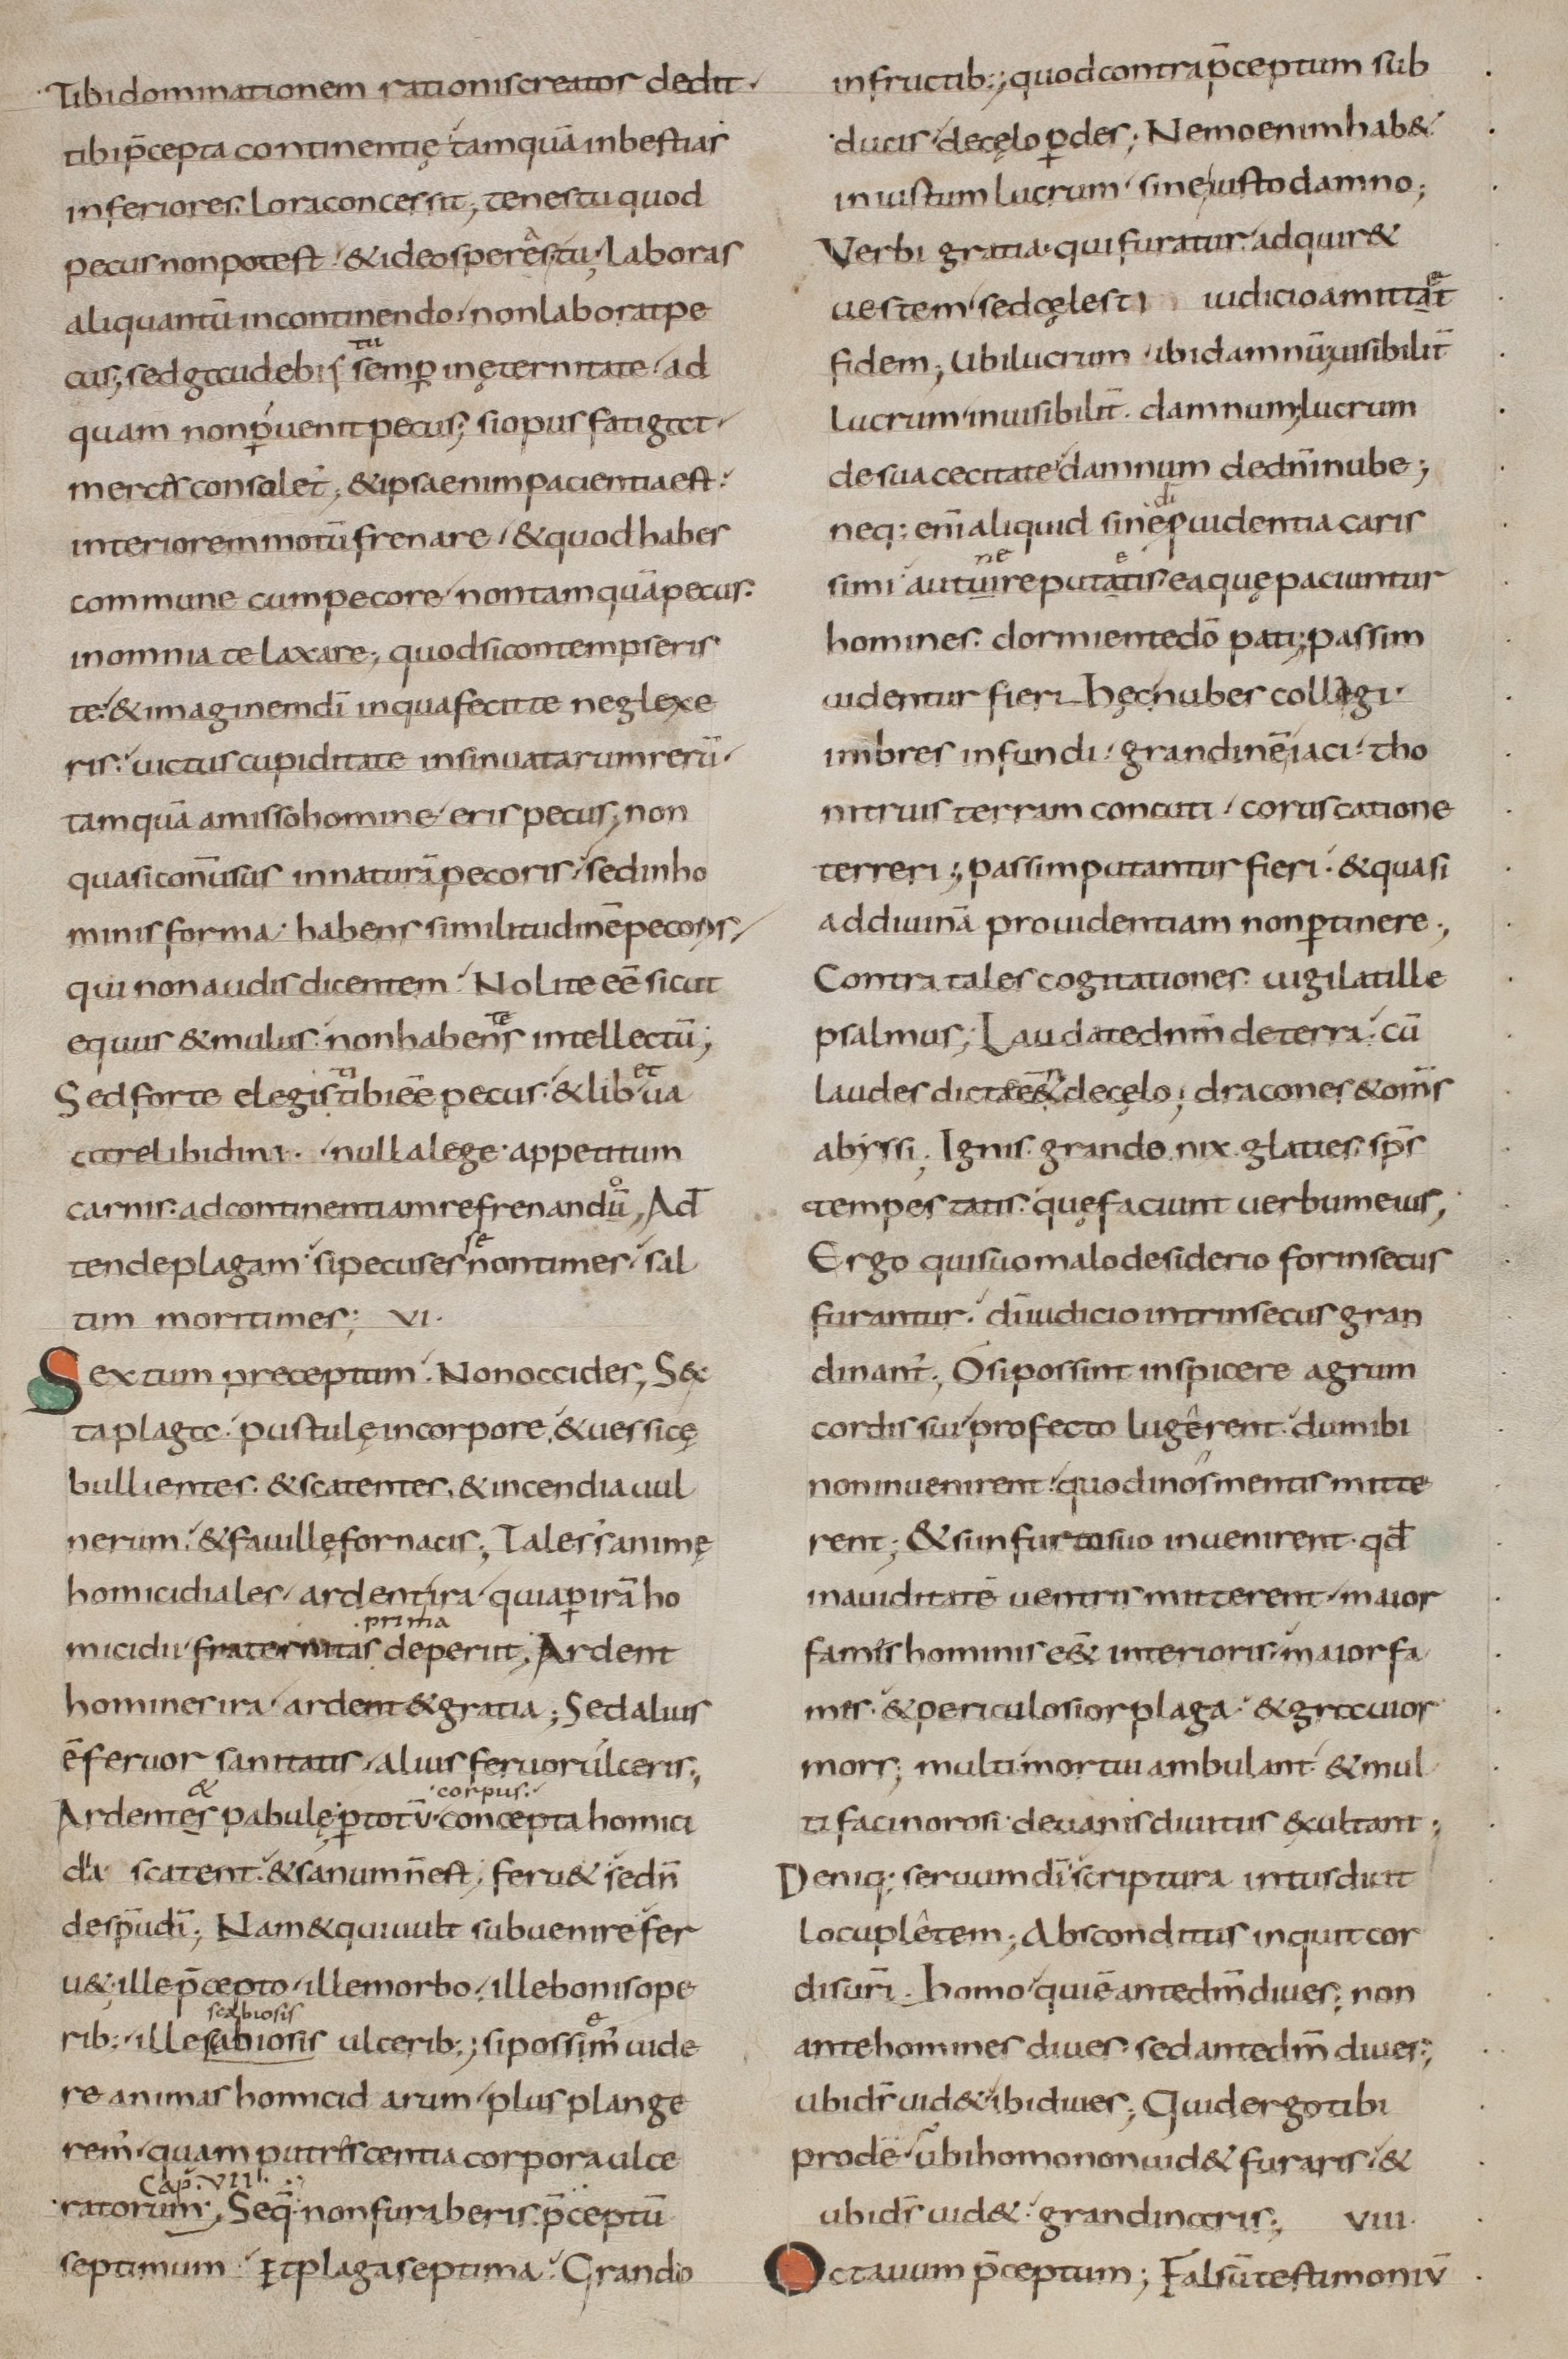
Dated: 800–899